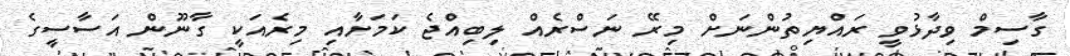
ގާސިމް ވިދާޅުވީ ރައްޔިތުންނަށް މިރޭ ނަސްރެއް ލިބިއްޖެ ކަމަށާއި މިރެއަކީ ގާނޫން އަސާސީގެ